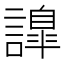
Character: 𧬁